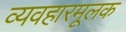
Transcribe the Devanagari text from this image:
व्यवहारमूलक